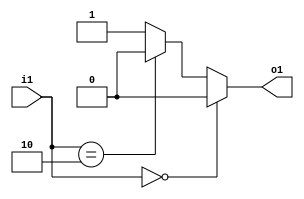
module cf_fft_1024_8_31 (i1, o1);
input  [1:0] i1;
output o1;
wire   n1;
wire   n2;
wire   [1:0] n3;
wire   [1:0] n4;
wire   n5;
wire   n6;
wire   n7;
wire   n8;
wire   n9;
assign n1 = 1'b0;
assign n2 = 1'b0;
assign n3 = 2'b00;
assign n4 = 2'b10;
assign n5 = i1 == n3;
assign n6 = i1 == n4;
assign n7 = n6 ? n1 : n9;
assign n8 = n5 ? n2 : n7;
assign n9 = 1'b1;
assign o1 = n8;
endmodule